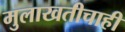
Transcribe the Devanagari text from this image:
मुलाखतीचाही